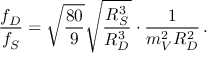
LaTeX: { \frac { f _ { D } } { f _ { S } } } = \sqrt { \frac { 8 0 } { 9 } } \sqrt { \frac { R _ { S } ^ { 3 } } { R _ { D } ^ { 3 } } } \cdot { \frac { 1 } { m _ { V } ^ { 2 } R _ { D } ^ { 2 } } } \, .